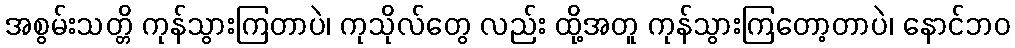
အစွမ်းသတ္တိ ကုန်သွားကြတာပဲ၊ ကုသိုလ်တွေ လည်း ထို့အတူ ကုန်သွားကြတော့တာပဲ၊ နောင်ဘဝ